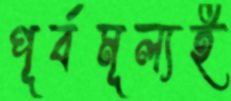
পূর্বমূল্যই